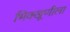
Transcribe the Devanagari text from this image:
भिक्खूणीला